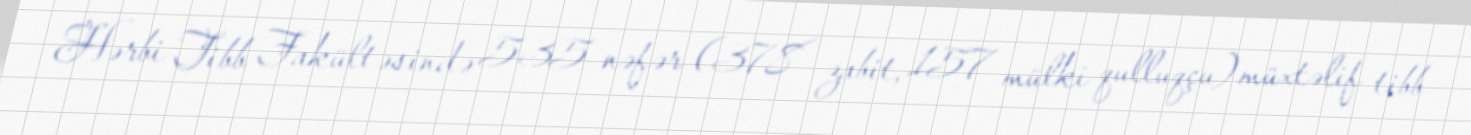
Hərbi Tibb Fakültəsində 535 nəfər (378 zabit, 157 mülki qulluqçu) müxtəlif tibb